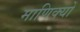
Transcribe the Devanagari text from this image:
माणिक्यों